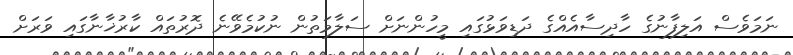
ނަމަވެސް އަލިފާނުގެ ހާދިސާއެއްގެ ދަޑިވަޅުގައި މީހުންނަށް ސަލާމަތުން ނުކުމެވޭނެ ދޮރުތައް ކާރުޚާނާގައި ވަރަށް